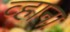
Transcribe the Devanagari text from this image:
व्हाना